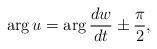
LaTeX: \begin{align*}\arg u= \arg \frac{dw}{dt}\pm \frac{\pi}{2},\end{align*}